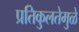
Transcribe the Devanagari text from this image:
प्रतिकुलतेमुळे